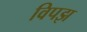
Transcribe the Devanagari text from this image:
विपझ